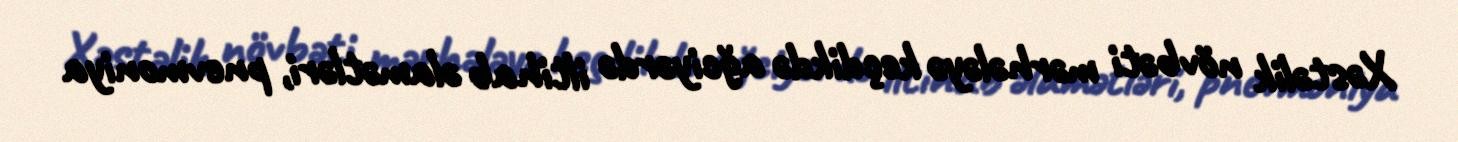
Xəstəlik növbəti mərhələyə keçdikdə ağciyərdə iltihab əlamətləri, pnevmoniya